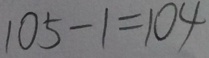
1 0 5 - 1 = 1 0 4